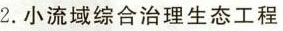
2.小流域综合治理生态工程